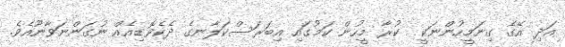
އަދި އޭގެ ގިނަމީހުންނަކީ  ކުރާ މީހުން ކަމުގައި އިބަރަސްކަލާނގެ ދެކެވޮޑިއެއް ނުގަންނަވާނޫއެވެ.